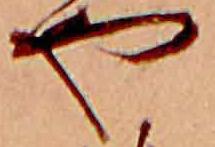
や